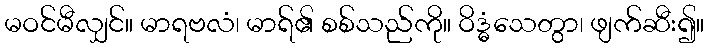
မဝင်မီလျှင်။ မာရဗလံ၊ မာရ်၏ စစ်သည်ကို။ ဝိဒ္ဓံသေတွာ၊ ဖျက်ဆီး၍။